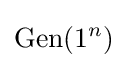
\mathrm {Gen} (1^{n})